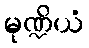
မုဏ္ဍိယံ